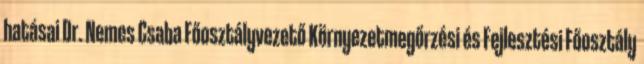
hatásai Dr. Nemes Csaba Főosztályvezető Környezetmegőrzési és Fejlesztési Főosztály